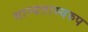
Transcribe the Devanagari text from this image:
मान्यतास्वरुप